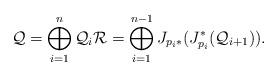
LaTeX: \begin{align*}\mathcal{Q} = \bigoplus_{i = 1}^n \mathcal{Q}_i \mathcal{R} = \bigoplus_{i = 1}^{n-1} J_{p_i *} (J_{p_i}^* (\mathcal{Q}_{i +1})).\end{align*}